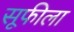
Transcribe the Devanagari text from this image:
सूफीला